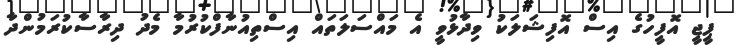
ޕީޖީ އޮފީހުގެ އިސް އޮފިޝަލަކު ވިދާޅުވީ އެ މައްސަލަތައް އިސްތިއުނާފްކުރުމާ މެދު ދިރާސާކުރަމުންދާ